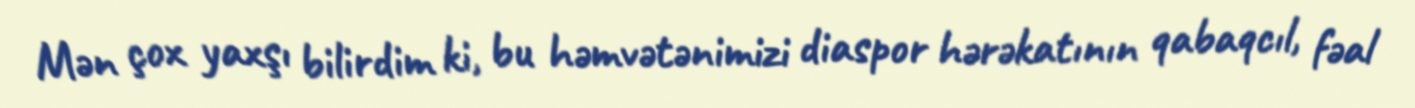
Mən çox yaxşı bilirdim ki, bu həmvətənimizi diaspor hərəkatının qabaqcıl, fəal